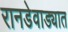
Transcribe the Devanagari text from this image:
रानडेवाड्यात